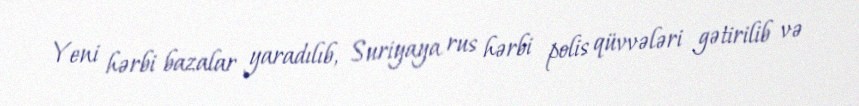
Yeni hərbi bazalar yaradılıb, Suriyaya rus hərbi polis qüvvələri gətirilib və